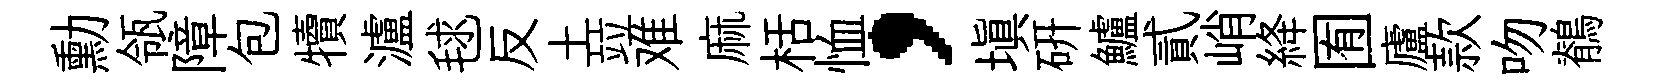
勳瓴障包犢瀘毬反土竝难麻栝恤，塡硏鱸貳峭絳囿廬款吻鶺